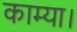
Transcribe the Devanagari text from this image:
काम्या।